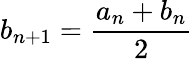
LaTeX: b_{n+1}=\frac{a_{n}+b_{n}}{2}